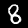
Digit: 8